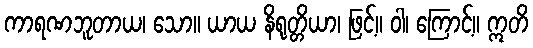
ကာရဏဘူတာယ၊ သော။ ယာယ နိရုတ္တိယာ၊ ဖြင့်။ ဝါ၊ ကြောင့်။ ဣတိ